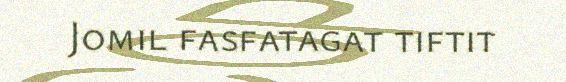
Jomil fasfatagat tiftit